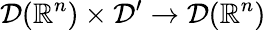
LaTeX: {\mathcal{D}}(\mathbb{R}^{n})\times{\mathcal{D}}^{\prime}\to{\mathcal{D}}(\mathbb{R}^{n})